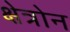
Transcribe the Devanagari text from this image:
क्षेत्रोन